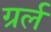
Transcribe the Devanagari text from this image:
ग्रर्ल